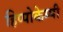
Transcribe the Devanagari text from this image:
हिप्पोकेम्पी